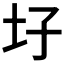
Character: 𡉗